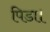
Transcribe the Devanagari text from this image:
पिडा।